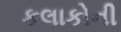
કલાકોની